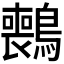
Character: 𫛑